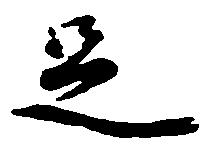
足